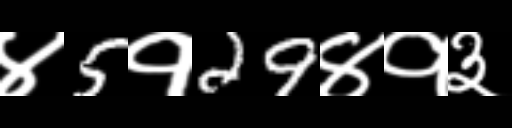
Text: ४5१29४१३